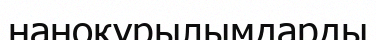
наноқұрылымдарды